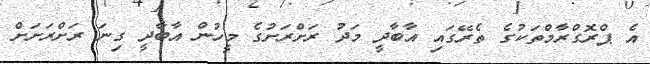
އެ ޕްރޮގްރާމްތަކުގެ ތެރޭގައި އާބާދީ މަދު ރަށްރަށުގެ މީހުން އާބާދީ ގިނަ ރަށްރަށަށް